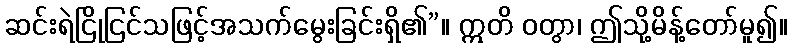
ဆင်းရဲငြိုငြင်သဖြင့်အသက်မွေးခြင်းရှိ၏”။ ဣတိ ဝတွာ၊ ဤသို့မိန့်တော်မူ၍။